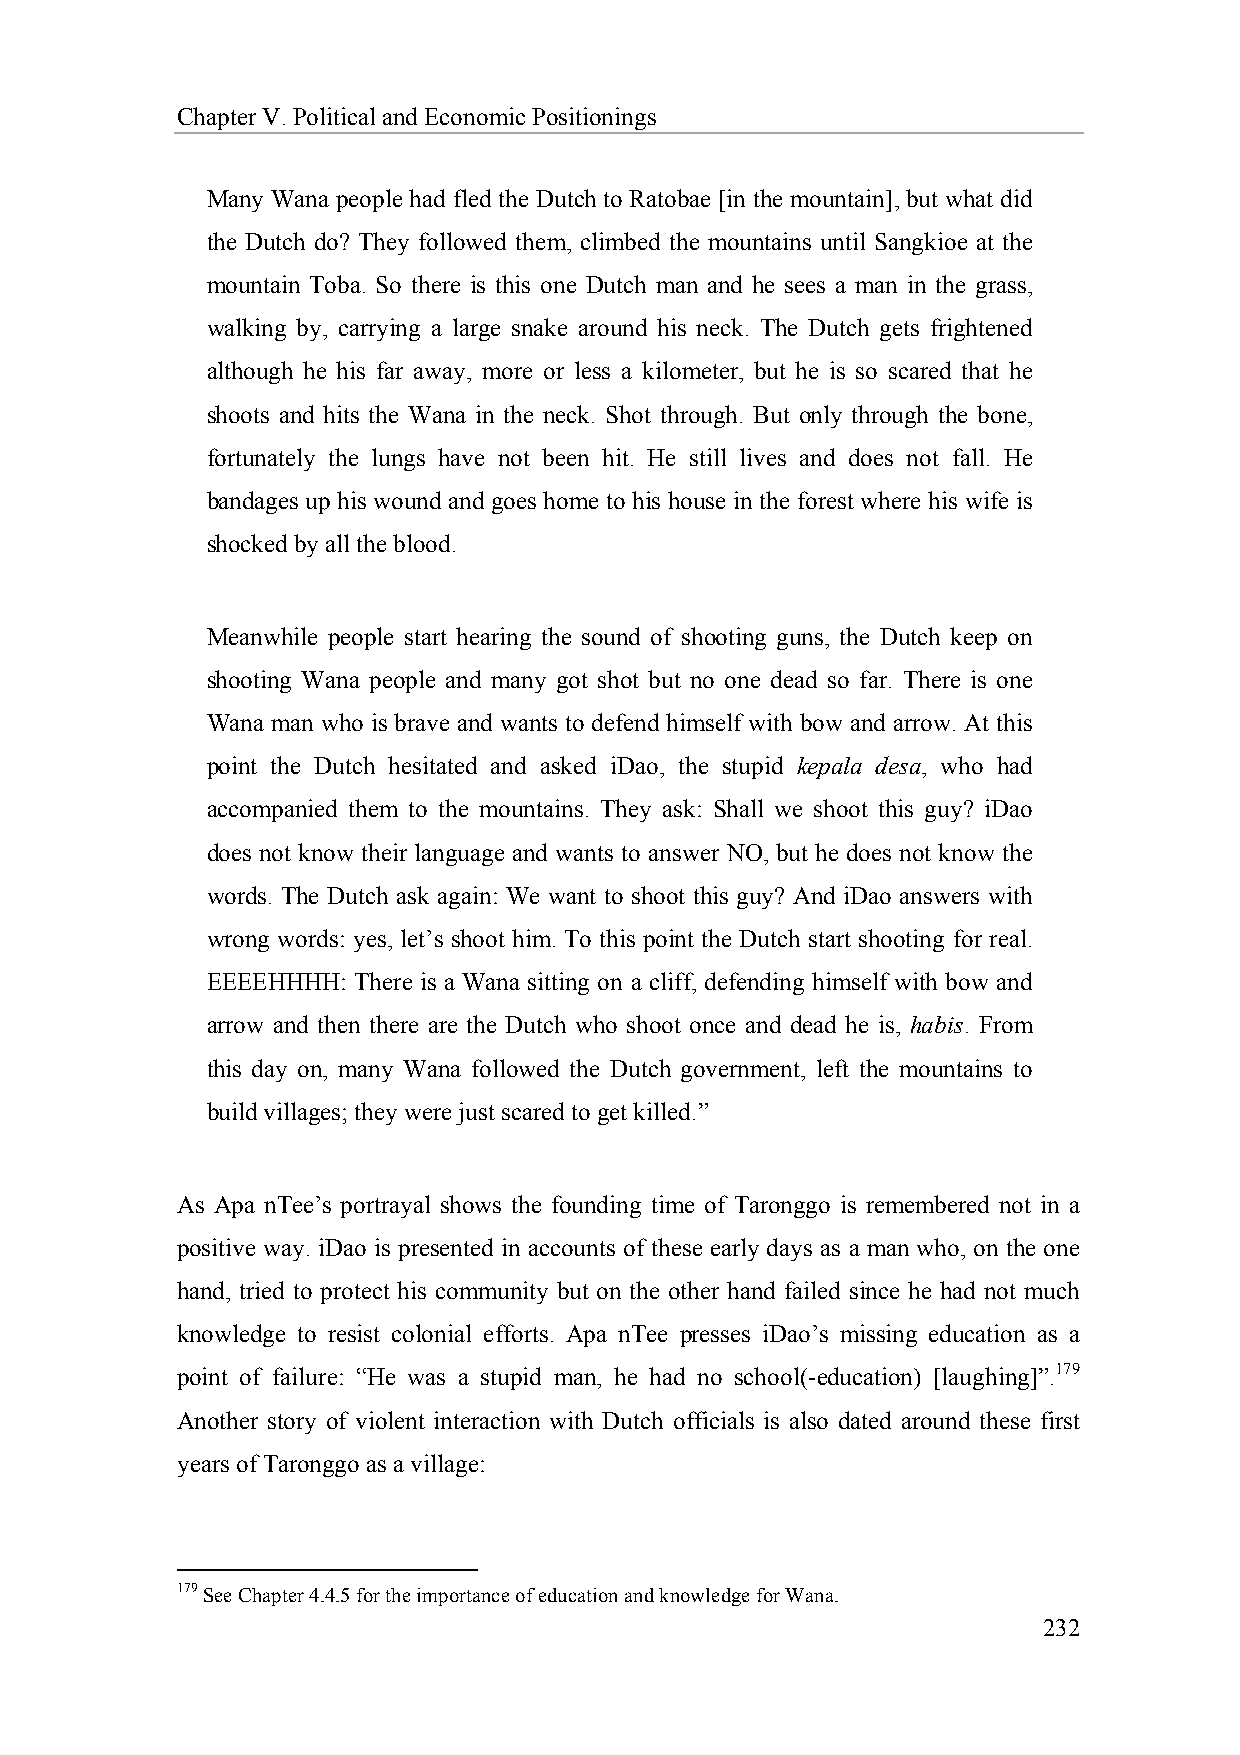
Chapter V. Political and Economic Positionings
 Many Wana people had fled the Dutch to Ratobae [in the mountain], but what did
 the Dutch do? They followed them, climbed the mountains until Sangkioe at the
 mountain Toba. So there is this one Dutch man and he sees a man in the grass,
 walking by, carrying a large snake around his neck. The Dutch gets frightened
 although he his far away, more or less a kilometer, but he is so scared that he
 shoots and hits the Wana in the neck. Shot through. But only through the bone,
 fortunately the lungs have not been hit. He still lives and does not fall. He
 bandages up his wound and goes home to his house in the forest where his wife is
 shocked by all the blood.
 Meanwhile people start hearing the sound of shooting guns, the Dutch keep on
 shooting Wana people and many got shot but no one dead so far. There is one
 Wana man who is brave and wants to defend himself with bow and arrow. At this
 point the Dutch hesitated and asked iDao, the stupid kepala desa, who had
 accompanied them to the mountains. They ask: Shall we shoot this guy? iDao
 does not know their language and wants to answer NO, but he does not know the
 words. The Dutch ask again: We want to shoot this guy? And iDao answers with
 wrong words: yes, let’s shoot him. To this point the Dutch start shooting for real.
 EEEEHHHH: There is a Wana sitting on a cliff, defending himself with bow and
 arrow and then there are the Dutch who shoot once and dead he is, habis. From
 this day on, many Wana followed the Dutch government, left the mountains to
 build villages; they were just scared to get killed.”
 As Apa nTee’s portrayal shows the founding time of Taronggo is remembered not in a
 positive way. iDao is presented in accounts of these early days as a man who, on the one
 hand, tried to protect his community but on the other hand failed since he had not much
 knowledge to resist colonial efforts. Apa nTee presses iDao’s missing education as a
 point of failure: “He was a stupid man, he had no school(-education) [laughing]”.179
 Another story of violent interaction with Dutch officials is also dated around these first
 years of Taronggo as a village:
 179 See Chapter 4.4.5 for the importance of education and knowledge for Wana.
 232